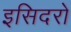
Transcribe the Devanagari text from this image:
इसिदरो